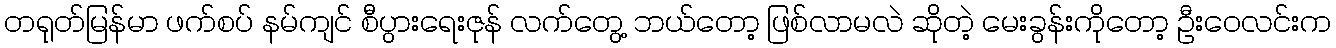
တရုတ်မြန်မာ ဖက်စပ် နမ်ကျင် စီပွားရေးဇုန် လက်တွေ့ ဘယ်တော့ ဖြစ်လာမလဲ ဆိုတဲ့ မေးခွန်းကိုတော့ ဦးဝေလင်းက